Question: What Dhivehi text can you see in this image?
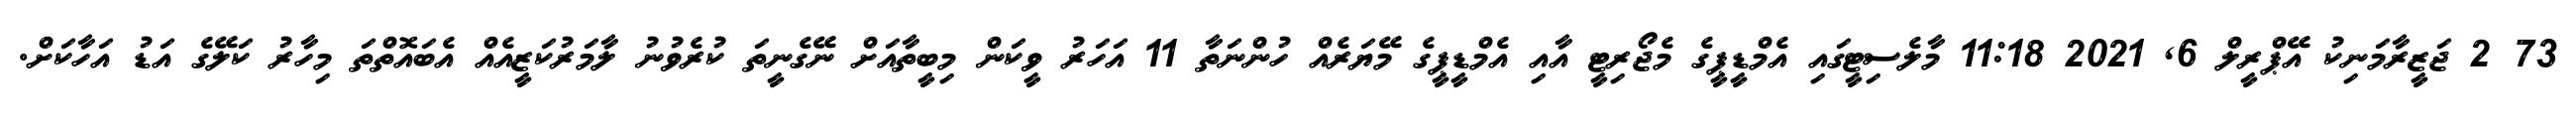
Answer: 73 2 ޖަޒީރާމަނިކު އޭޕްރީލް 6, 2021 11:18 މާލެސިޓީގައި އެމްޑީޕީގެ މެޖޯރިޓީ އާއި އެމްޑީޕީގެ މޭޔަރެއް ހުންނަތާ 11 އަހަރު ވީކަން މިބީތާއަށް ނޭގެނީތަ ކުރެވުނު ލާމަރުކަޒީއެއް އެބައޮތްތަ މިހާރު ކަލޭގެ އަޑު އަހާކަށް.